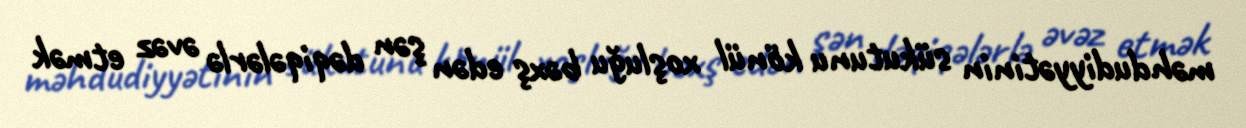
məhdudiyyətinin sükutunu könül xoşluğu bəxş edən şən dəqiqələrlə əvəz etmək